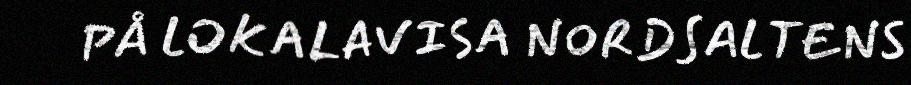
PÅ LOKALAVISA NORDSALTENS